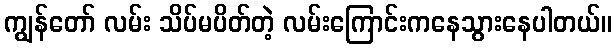
ကျွန်တော် လမ်း သိပ်မပိတ်တဲ့ လမ်းကြောင်းကနေသွားနေပါတယ်။